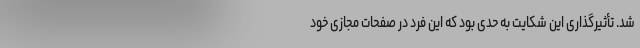
شد. تأثیرگذاری این شکایت به حدی بود که این فرد در صفحات مجازی خود